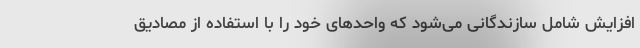
افزایش شامل سازندگانی می‌شود که واحد‌های خود را با استفاده از مصادیق